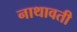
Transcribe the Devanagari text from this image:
नाथावती